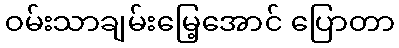
ဝမ်းသာချမ်းမြေ့အောင် ပြောတာ